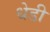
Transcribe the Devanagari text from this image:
धेडी